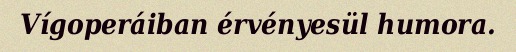
Vígoperáiban érvényesül humora.